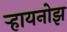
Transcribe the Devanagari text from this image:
र्‍हायनोझ